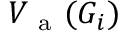
V _ { \mathrm { ~ a ~ } } ( G _ { i } )